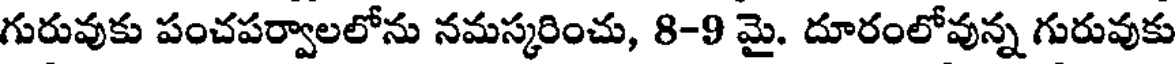
గురువుకు పంచపర్వాలలోను నమస్కరించు, 8-9 మై. దూరంలోవున్న గురువుకు